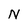
Character: N